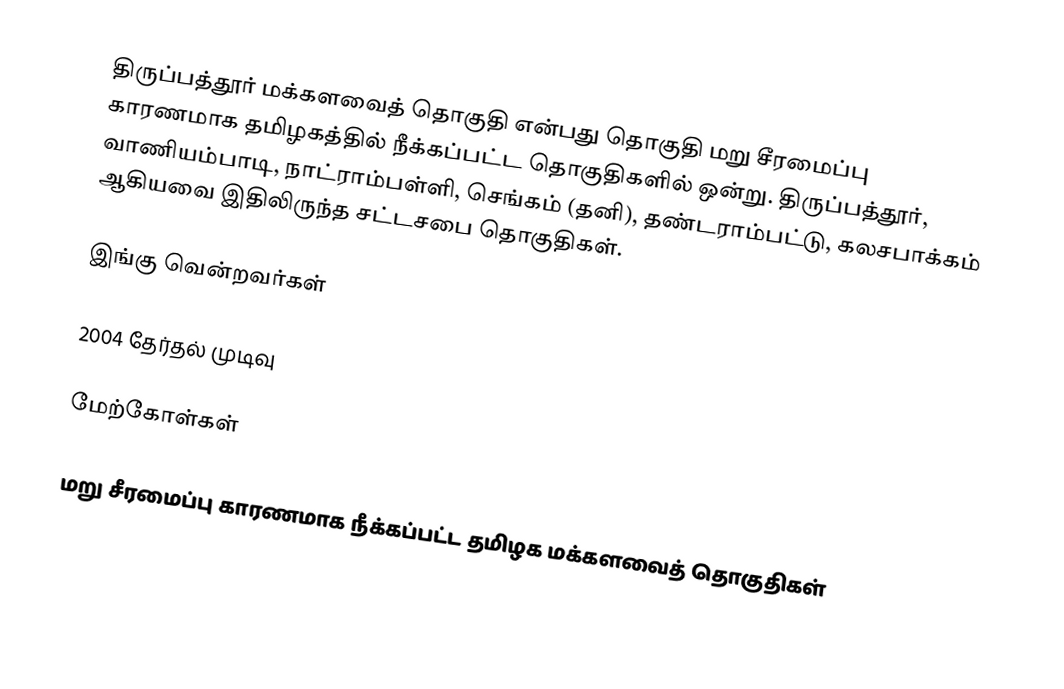
திருப்பத்தூர் மக்களவைத் தொகுதி என்பது தொகுதி மறு சீரமைப்பு காரணமாக தமிழகத்தில் நீக்கப்பட்ட தொகுதிகளில் ஒன்று. திருப்பத்தூர், வாணியம்பாடி, நாட்ராம்பள்ளி, செங்கம் (தனி), தண்டராம்பட்டு, கலசபாக்கம் ஆகியவை இதிலிருந்த சட்டசபை தொகுதிகள்.

இங்கு வென்றவர்கள்

2004 தேர்தல் முடிவு

மேற்கோள்கள்

மறு சீரமைப்பு காரணமாக நீக்கப்பட்ட தமிழக மக்களவைத் தொகுதிகள்